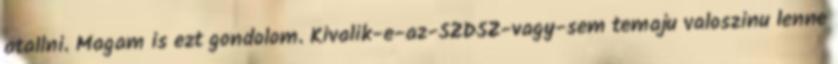
atallni. Magam is ezt gondolom. Kivalik-e-az-SZDSZ-vagy-sem temaju valoszinu lenne